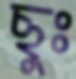
ছুঃ